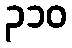
၃၁၀